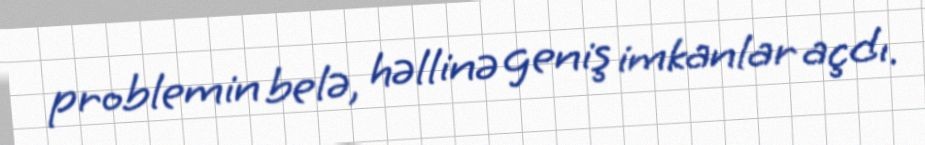
problemin belə, həllinə geniş imkanlar açdı.